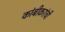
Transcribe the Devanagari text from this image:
कांबीकरांची